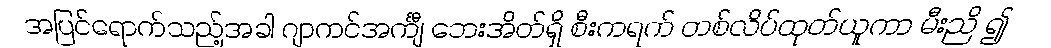
အပြင်ရောက်သည့်အခါ ဂျာကင်အင်္ကျီ ဘေးအိတ်ရှိ စီးကရက် တစ်လိပ်ထုတ်ယူကာ မီးညိ ၍